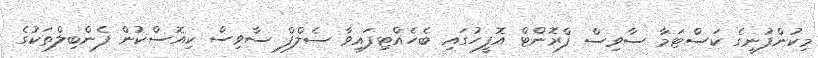
މިކުންފުނީގެ ކަސްޓަމާ ސާވިސް ފްރޮންޓް އޮފީހުގައި ބެހެއްޓިފައިވާ ސެލްފް ސާވިސް ކިއޮސްކުން ފެންބިލްތަކުގެ